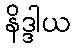
နိဒ္ဒါယ